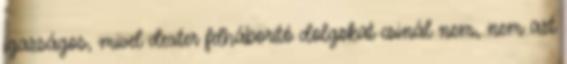
igazságos, mivel dexter felháborító dolgokat csinál nem, nem azt